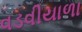
વડવીયાળા